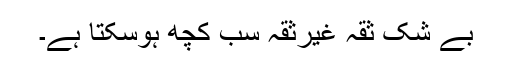
بے شک ثقہ غیرثقہ سب کچھ ہوسکتا ہے۔